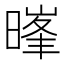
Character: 𮲧